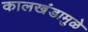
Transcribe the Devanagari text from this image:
कालखंडामुळे